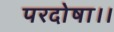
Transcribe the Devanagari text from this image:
परदोषा।।